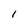
Character: I